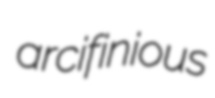
arcifinious